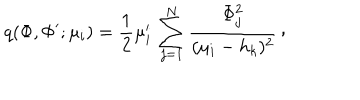
q ( \Phi , \Phi ^ { \prime } ; \mu _ { i } ) = { \frac { 1 } { 2 } } \mu _ { i } ^ { \prime } \, \sum _ { j = 1 } ^ { N } { \frac { \Phi _ { j } ^ { 2 } } { ( \mu _ { i } - h _ { k } ) ^ { 2 } } } \, \raise 2 p t \mathrm { , }